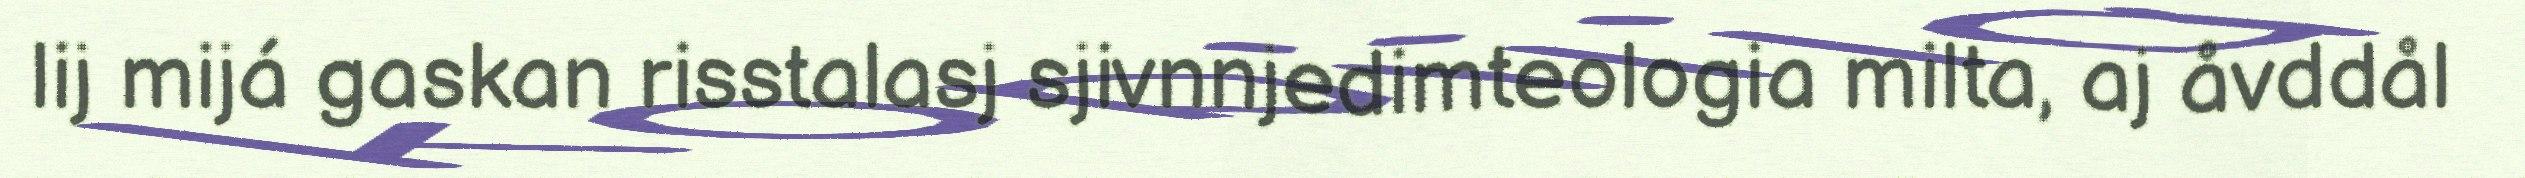
lij mijá gaskan risstalasj sjivnnjedimteologia milta, aj åvddål